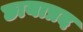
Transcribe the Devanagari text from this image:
छायाप्रद